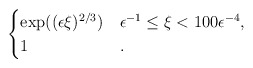
\begin{align*} \begin{cases} \exp((\epsilon \xi)^{2/3}) & \epsilon^{-1} \leq \xi < 100 \epsilon^{-4},\\ 1 & . \end{cases} \end{align*}